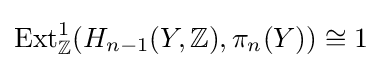
\operatorname {Ext} _{\mathbb {Z} }^{1}(H_{n-1}(Y,\mathbb {Z} ),\pi _{n}(Y))\cong 1